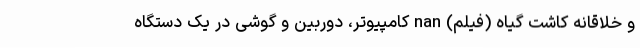
و خلاقانه کاشت گیاه (فیلم) nan کامپیوتر، دوربین و گوشی در یک دستگاه